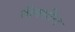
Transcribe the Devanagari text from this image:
तीक्सीरा